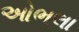
ઓભલા